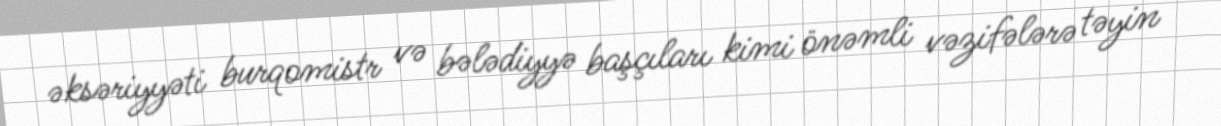
əksəriyyəti burqomistr və bələdiyyə başçıları kimi önəmli vəzifələrə təyin